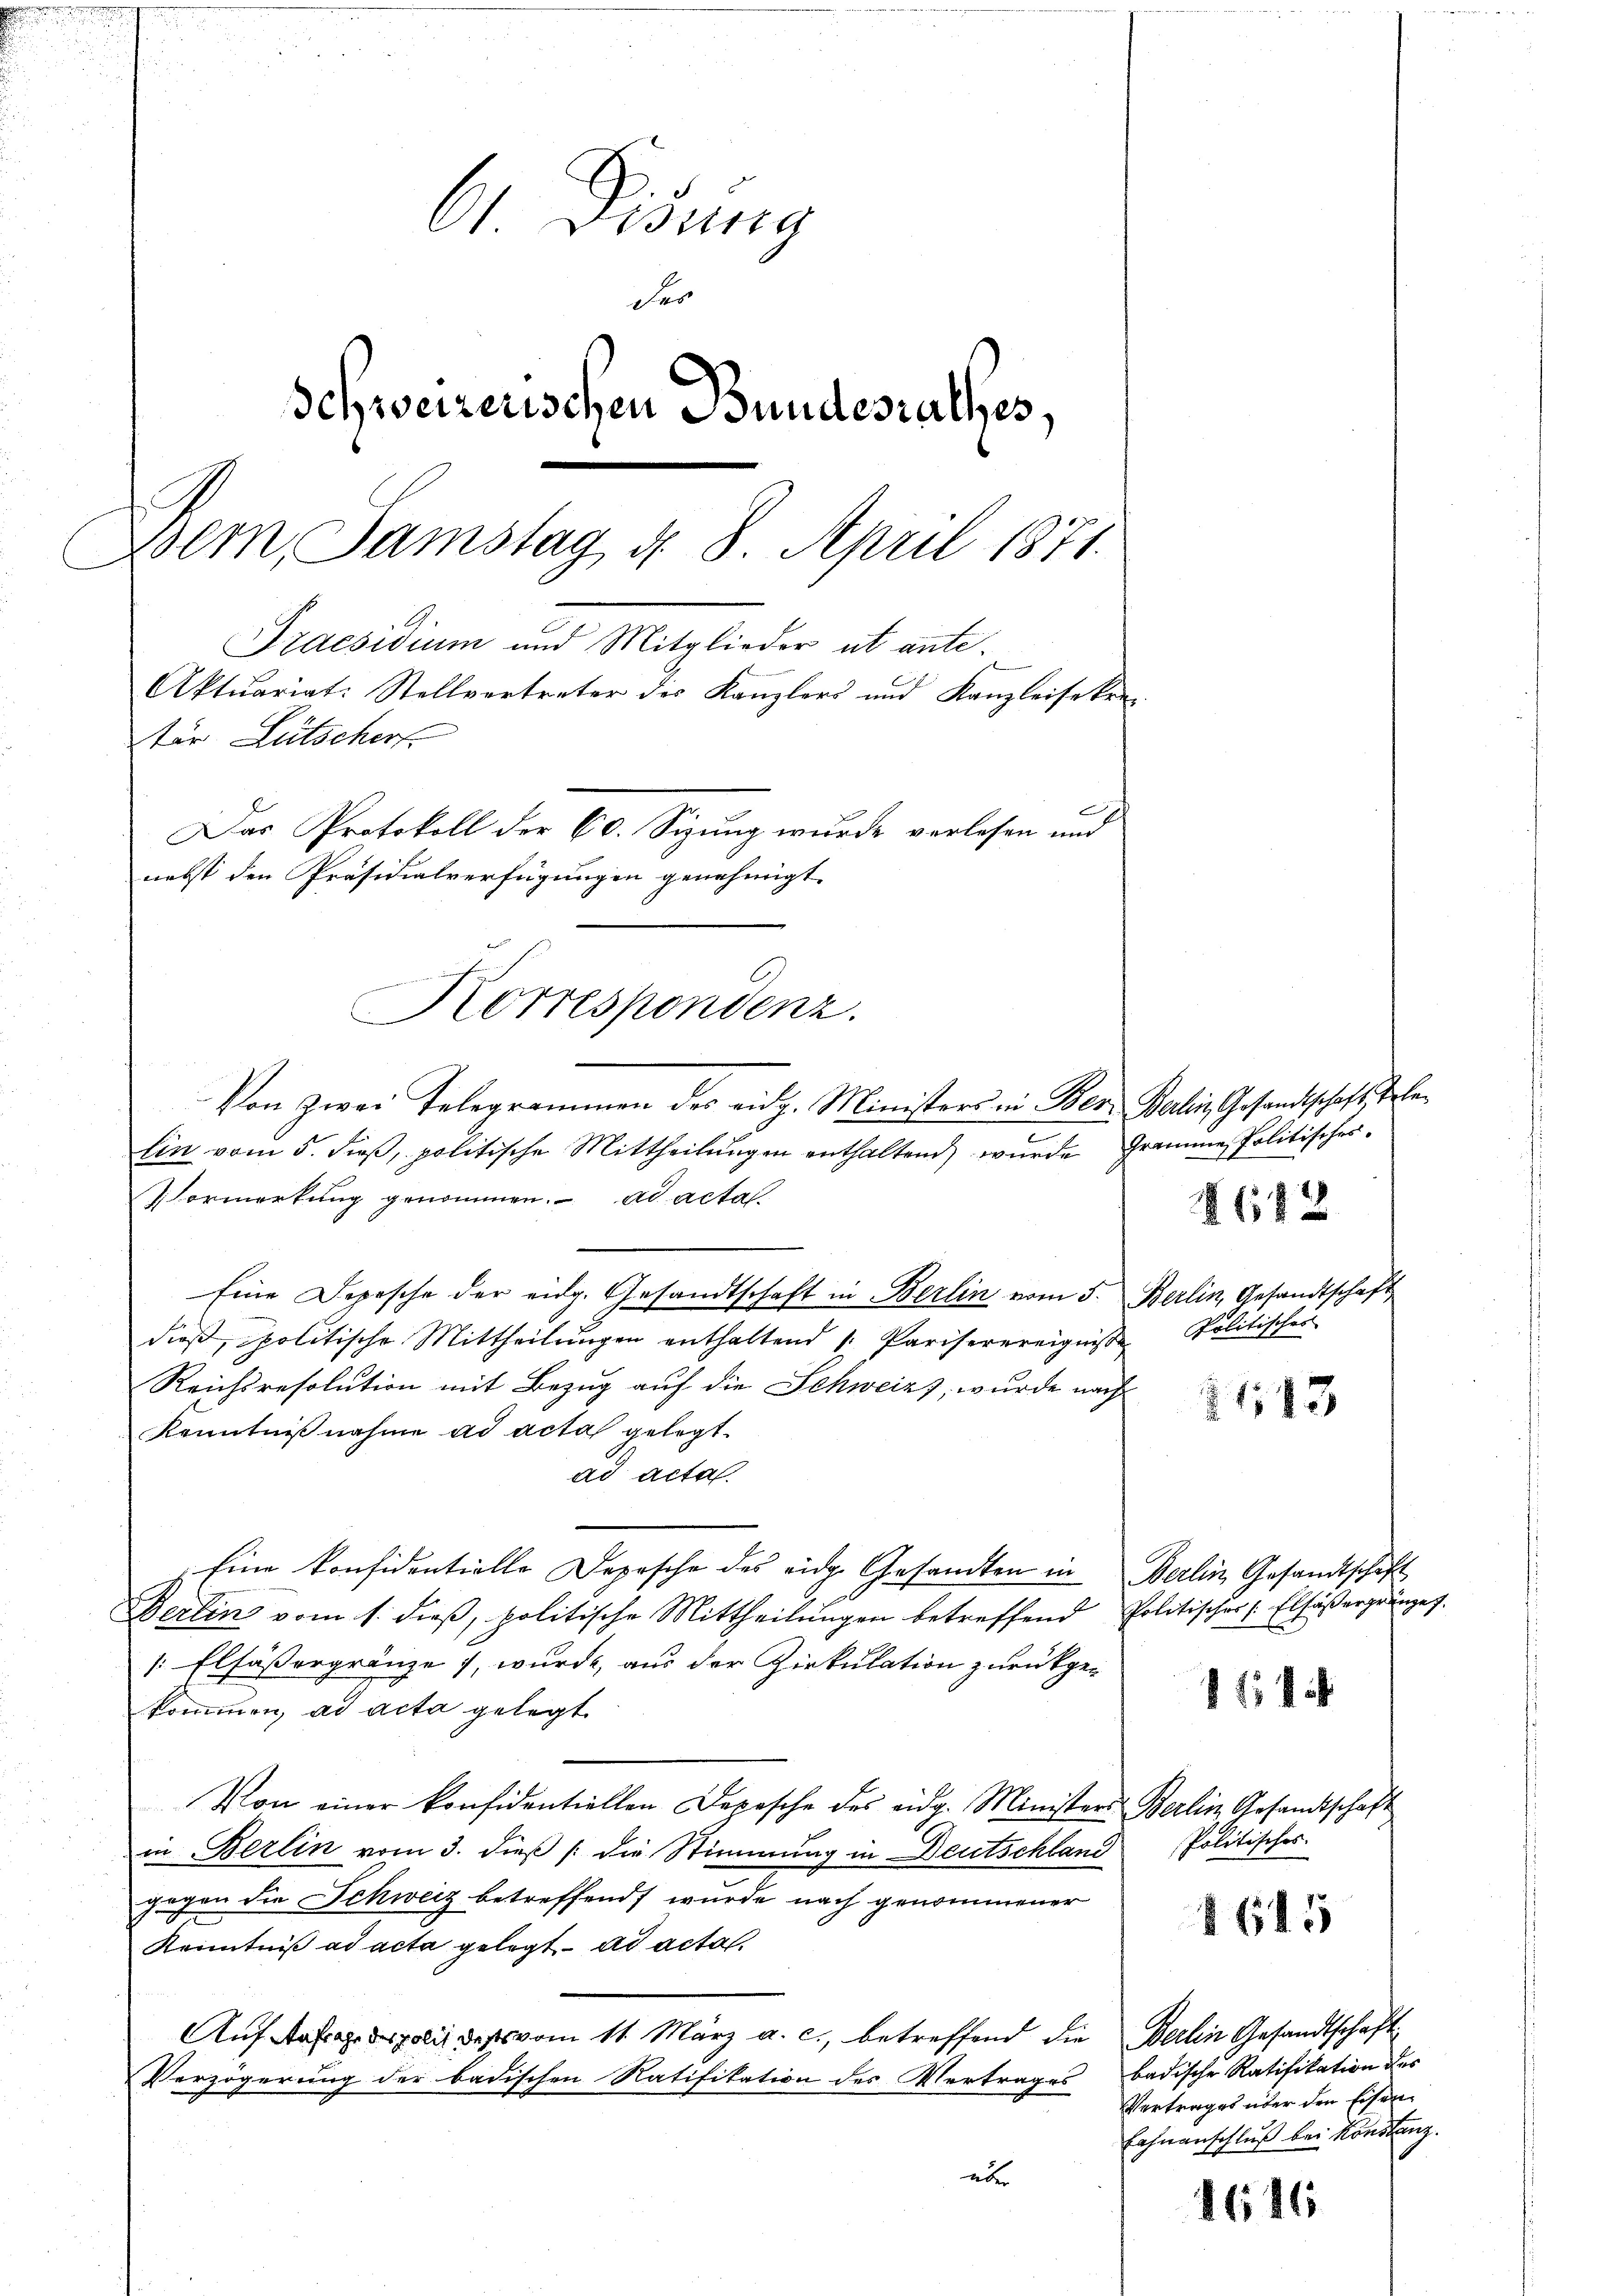
61. Didung
der
Schweizerischen Bundesrathes.
Bern, Samstag, d. 8. April 1871.
Praesidium und Mitglieder ut ante.
Aktuariat: Stellvertreter des Kanzlers und Kanzleiseken
tür Lütscherf
Das Protokoll der 60. Sizung wurde verlesen und
nebst den Präsidialverfügungen genehmigt.

lin vom 5. diβ, politische Mittheilŭngen enthaltend wurde Gramme Politischer-
Vormerkung genommen. ad acta
Eine Depesche der eidg. Gesandtschaft in Berlin vom 5. Berlin, Gesandtschaft
dieß, politische Mittheilungen enthaltend 1. Pariserereignisse
Reichsresolution mit Bezug auf die Schweizz, wurde nach
Kenntnißnahme ad acta gelegt.
ad acta.
Eine Considentielle Depesche des eidg. Gesandten in Berlin Gesandtschaft
Berlin vom 1. dieß, politische Mittheilungen betreffend Politischer Elsässergränzer.
[Elsässergränze, wurde, aus der Zirkulation zurückgekommen, ad acta gelegt.
Von einer konsidentiellen Depesche des eidg. Ministers Berlin Gesandtschaft
in Berlin vom 3. dieß /: die Stimmung in Deutschland
gegen die Schweiz betreffend wurde nach genommener
Kenntniß ad acta gelegt ad acta.
Aŭf Anfragespolit des vom 11. März a. c., betreffend die Berlin Gesandtschaft
Verzögerung der badischen Ratifikation des Vertrages badische Ratifikation des
über

Korrespondenz.
Von zwei Telegrammen des eidg. Ministers in Bern Berlin Gesandtschaft, tele¬

1642

Politisches

21143

114

Politisches.

8645

Vertrages über den Eisen¬
Fahnanschluß bei Konstanz.

1616